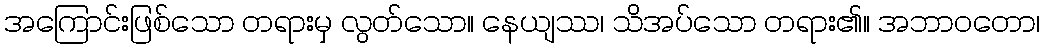
အကြောင်းဖြစ်သော တရားမှ လွတ်သော။ နေယျဿ၊ သိအပ်သော တရား၏။ အဘာဝတော၊